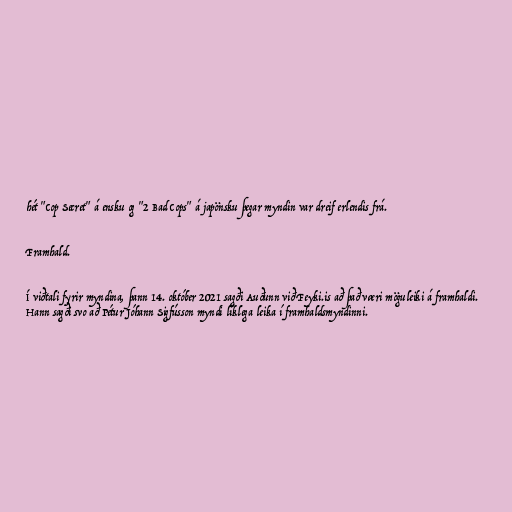
hét "Cop Secret" á ensku og "2 Bad Cops" á japönsku þegar myndin var dreif erlendis frá.

Framhald.

Í viðtali fyrir myndina, þann 14. október 2021 sagði Auðunn við Feyki.is að það væri möguleiki á framhaldi.
Hann sagði svo að Pétur Jóhann Sigfússon myndi líklega leika í framhaldsmyndinni.